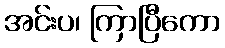
အင်းပ၊ ကြာပြီကော